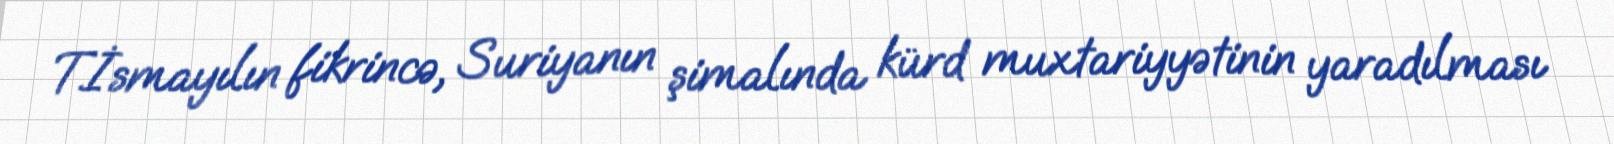
T.İsmayılın fikrincə, Suriyanın şimalında kürd muxtariyyətinin yaradılması